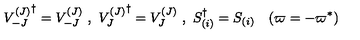
{ V _ { - J } ^ { ( J ) } } ^ { \dag } = V _ { - J } ^ { ( J ) } \ , \ { V _ { J } ^ { ( J ) } } ^ { \dag } = V _ { J } ^ { ( J ) } \ , \ S _ { ( i ) } ^ { \dag } = S _ { ( i ) } \quad ( \varpi = - \varpi ^ { \ast } )